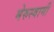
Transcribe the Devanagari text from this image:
मेरुस्वामी